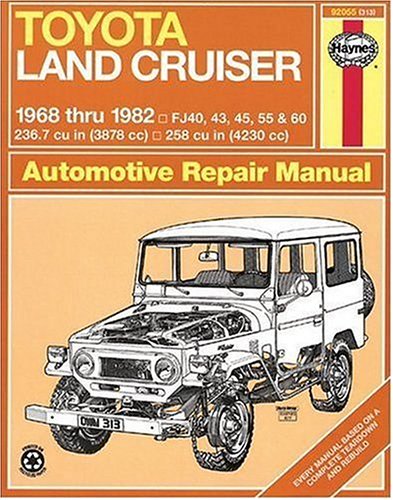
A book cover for Toyota Land Cruiser FJ40, 43,45, 55 & 60,  '68'82 (Haynes Repair Manuals); John Haynes; Engineering & Transportation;